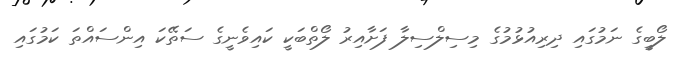
ލޯބީގެ ނަމުގައި ދިރިއުޅުމުގެ މިސިލްސިލާ ފަށާއިރު ލޯތްބަކީ ކައިވެނީގެ ސަތޭކަ އިންސައްތަ ކަމުގައި